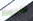
ملحوظ